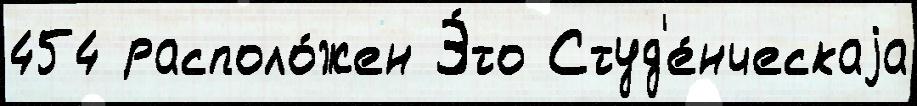
454 располо́жен Э́то Студ'е́нческаjа